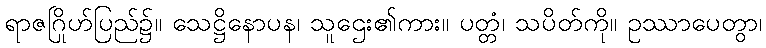
ရာဇဂြိုဟ်ပြည်၌။ သေဋ္ဌိနောပန၊ သူဌေး၏ကား။ ပတ္တံ၊ သပိတ်ကို။ ဥဿာပေတွာ၊